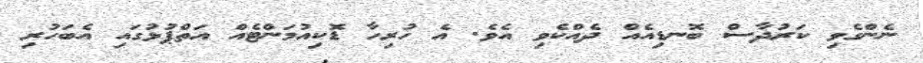
ނެންގެވި ކަރުދާސް ބޮނޑިއެއް ދެއްކެވި އެވެ. އެ ހުރިހާ ޑޮކިއުމަންޓެއް އަތްޕުޅުގައި އެބަހުރި